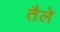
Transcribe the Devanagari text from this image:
तैले